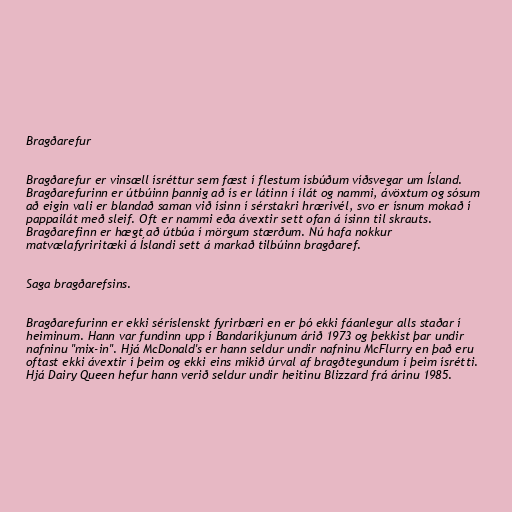
Bragðarefur

Bragðarefur er vinsæll ísréttur sem fæst í flestum ísbúðum víðsvegar um Ísland.
Bragðarefurinn er útbúinn þannig að ís er látinn í ílát og nammi, ávöxtum og sósum
að eigin vali er blandað saman við ísinn í sérstakri hrærivél, svo er ísnum mokað í
pappaílát með sleif. Oft er nammi eða ávextir sett ofan á ísinn til skrauts.
Bragðarefinn er hægt að útbúa í mörgum stærðum. Nú hafa nokkur
matvælafyriritæki á Íslandi sett á markað tilbúinn bragðaref.

Saga bragðarefsins.

Bragðarefurinn er ekki séríslenskt fyrirbæri en er þó ekki fáanlegur alls staðar í
heiminum. Hann var fundinn upp í Bandaríkjunum árið 1973 og þekkist þar undir
nafninu "mix-in". Hjá McDonald's er hann seldur undir nafninu McFlurry en það eru
oftast ekki ávextir í þeim og ekki eins mikið úrval af bragðtegundum í þeim ísrétti.
Hjá Dairy Queen hefur hann verið seldur undir heitinu Blizzard frá árinu 1985.